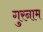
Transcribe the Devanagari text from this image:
गुरनाम